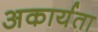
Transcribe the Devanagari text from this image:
अकार्यता